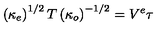
\left( \kappa _ { e } \right) ^ { 1 / 2 } T \left( \kappa _ { o } \right) ^ { - 1 / 2 } = V ^ { e } \tau